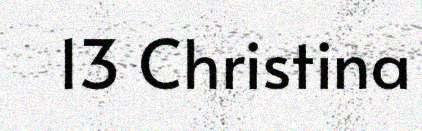
13 Christina